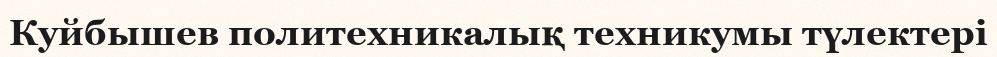
Куйбышев политехникалық техникумы түлектері